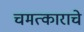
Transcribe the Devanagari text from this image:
चमत्काराचे